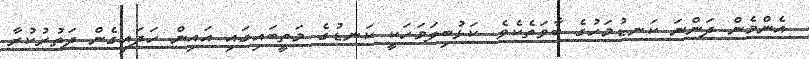
އެންމެން ދަންނަ ކަނޑުމަހުގެ ބާވަތެކެވެ. ކަޅުބިލަމަހަކީ ކަނޑުގެ މަތީބައިގައި އައިން ހަދަައިގެން ދަތުރުކުރާ